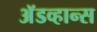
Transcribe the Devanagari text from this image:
अॅडव्हान्स